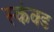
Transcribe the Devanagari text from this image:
स्कंक्ड